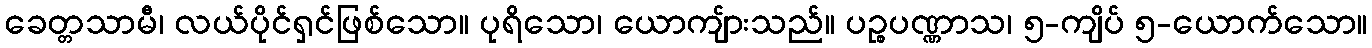
ခေတ္တသာမီ၊ လယ်ပိုင်ရှင်ဖြစ်သော။ ပုရိသော၊ ယောကျ်ားသည်။ ပဉ္စပဏ္ဏာသ၊ ၅-ကျိပ် ၅-ယောက်သော။